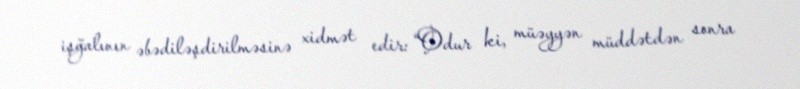
işğalının əbədiləşdirilməsinə xidmət edir: “Odur ki, müəyyən müddətdən sonra